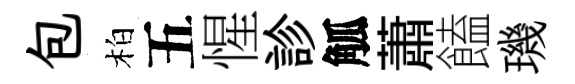
包柏五惺診觚蕭饁璣